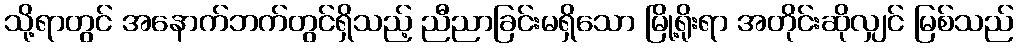
သို့ရာတွင် အနောက်ဘက်တွင်ရှိသည့် ညီညာခြင်းမရှိသော မြို့ရိုးရာ အတိုင်းဆိုလျှင် မြစ်သည်